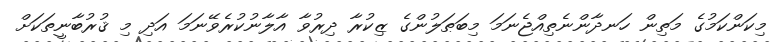
މިކަންކަމުގެ މަތިން ހަނދާންނެތިއްޖެނަމަ މިބަޠަލުންގެ ޒިކުރާ ދިރުވާ އާލާނުކުރެވޭނަމަ އަދި މި ޤުރުބާނީތަކަށް